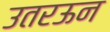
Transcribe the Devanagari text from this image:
उतरऊन